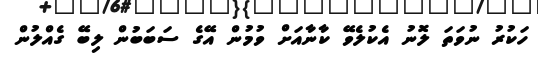
ހަކުރު ނުވަތަ ލޮނު އެކުލެވޭ ކާނާއަށް ވުމުން އޭގެ ސަބަބުން ލިބޭ ގެއްލުން